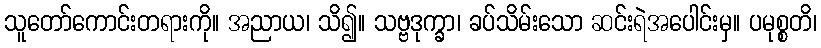
သူတော်ကောင်းတရားကို။ အညာယ၊ သိ၍။ သဗ္ဗဒုက္ခာ၊ ခပ်သိမ်းသော ဆင်းရဲအပေါင်းမှ။ ပမုစ္စတိ၊